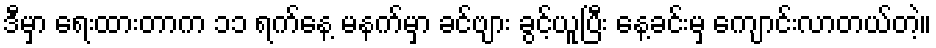
ဒီမှာ ရေးထားတာက ၁၁ ရက်နေ့ မနက်မှာ ခင်ဗျား ခွင့်ယူပြီး နေ့ခင်းမှ ကျောင်းလာတယ်တဲ့။